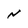
Character: N